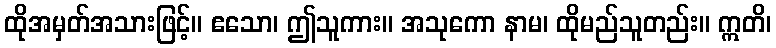
ထိုအမှတ်အသားဖြင့်။ ဧသော၊ ဤသူကား။ အသုကော နာမ၊ ထိုမည်သူတည်း။ ဣတိ၊